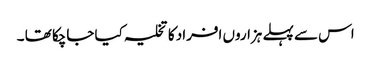
اس سے پہلے ہزاروں افراد کا تخلیہ کیا جاچکا تھا ۔